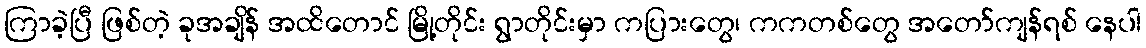
ကြာခဲ့ပြီ ဖြစ်တဲ့ ခုအချိန် အထိတောင် မြို့တိုင်း ရွာတိုင်းမှာ ကပြားတွေ၊ ကကတစ်တွေ အတော်ကျန်ရစ် နေပါ